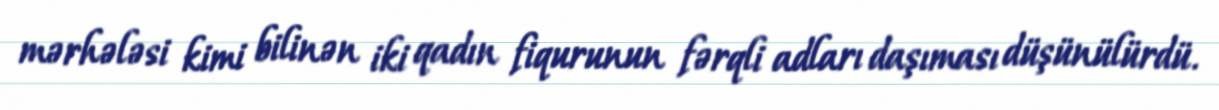
mərhələsi kimi bilinən iki qadın fiqurunun fərqli adları daşıması düşünülürdü.